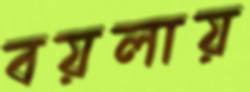
বয়লায়